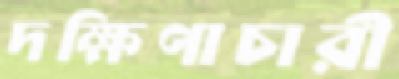
দক্ষিণাচারী